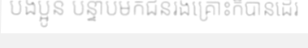
បងប្អូន បន្ទាប់មកជនរងគ្រោះក៏បានដើរ